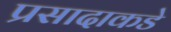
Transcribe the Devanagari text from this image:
प्रसादाकडे